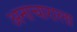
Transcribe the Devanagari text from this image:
अनाचाराला